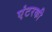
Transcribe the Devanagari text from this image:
एंटरकी